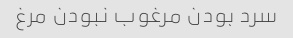
سرد بودن مرغوب نبودن مرغ